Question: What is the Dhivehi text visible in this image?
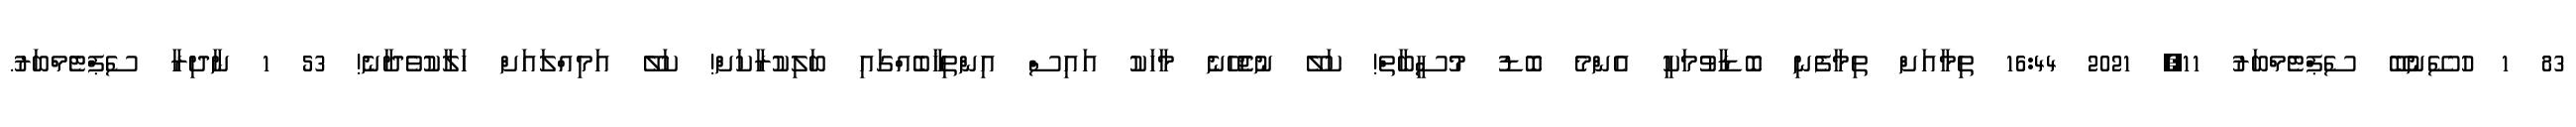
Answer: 83 1 ހުސޭނުބޭ ސެޕްޓެމްބަރު 11, 2021 16:44 ތިމާއަށް ތިމާފެނި ބޮޑާވުމަކީ އެންމެ ބޮޑު މުސީބާތް! ކަލޭ ނުޖެހޭނެ މާހަކު އައިސް އިންތިޚާބެއްގައި ބަލިކުރާކަށް! ކަލޭ އަމިއްލައަށް ހަލާކުވެދާނެ! 53 1 ނާދިރާ ސެޕްޓެމްބަރު.